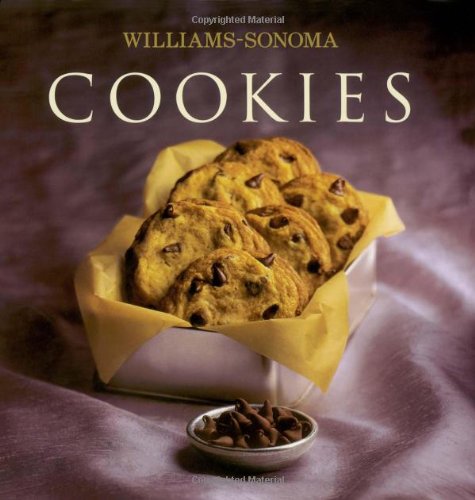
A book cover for Williams-Sonoma Collection: Cookies; Marie Simmons; Cookbooks, Food & Wine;